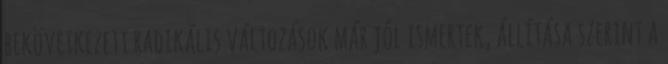
bekövetkezett radikális változások már jól ismertek, állítása szerint a